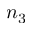
n _ { 3 }